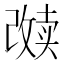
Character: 𱑑